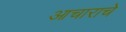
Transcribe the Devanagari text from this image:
आचाराचे